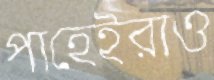
পাহেইরাও